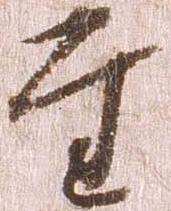
至